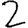
Digit: 2